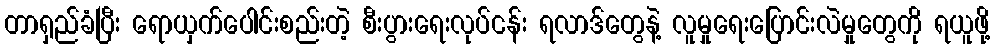
တာရှည်ခံပြီး ရောယှက်ပေါင်းစည်းတဲ့ စီးပွားရေးလုပ်ငန်း ရလာဒ်တွေနဲ့ လူမှုရေးပြောင်းလဲမှုတွေကို ရယူဖို့